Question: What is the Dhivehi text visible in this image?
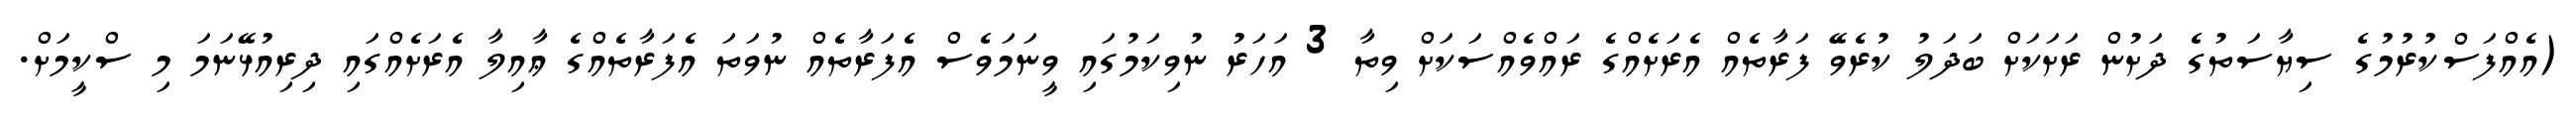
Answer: (އެއްފަސްކުރުމުގެ ސިޔާސަތުގެ ދަށުން ރަށަކަށް ބަދަލު ކުރެވޭ ފަރާތެއް އެރަށެއްގެ ރައްވެއްސަކަށް ވިތާ 3 އަހަރު ނުވިކަމުގައި ވީނަމަވެސް އެފަރާތެއް ނުވަތަ އެފަރާތެއްގެ ޢާއިލާ އެރަށެއްގައި ދިރިއުޅޭނަމަ މި ސްކީމަށް.